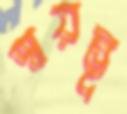
স্বয়ম্ভূ